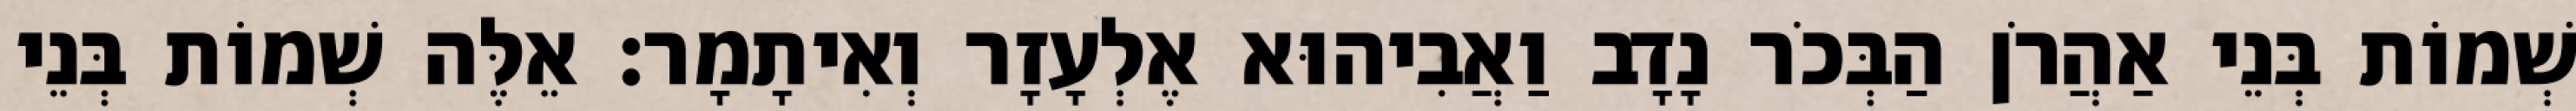
שְׁמוֹת בְּנֵי אַהֲרֹן הַבְּכֹר נָדָב וַאֲבִיהוּא אֶלְעָזָר וְאִיתָמָר׃ אֵלֶּה שְׁמוֹת בְּנֵי